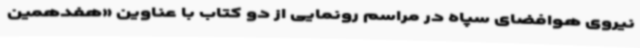
نیروی هوافضای سپاه در مراسم رونمایی از دو کتاب با عناوین «هفدهمین